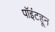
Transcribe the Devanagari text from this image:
पॉइंटहून